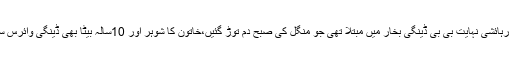
تہکال بالا کی رہائشی نہایت بی بی ڈینگی بخار میں مبتلا تھی جو منگل کی صبح دم توڑ گئیں،خاتون کا شوہر اور 10سالہ بیٹا بھی ڈینگی وائرس سے متاثر ہے۔